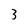
Character: 3